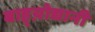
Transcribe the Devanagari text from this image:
बाह्य़ोद्यानी